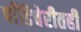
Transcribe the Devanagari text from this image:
पाँडिचेरीतही